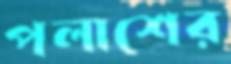
পলাশের